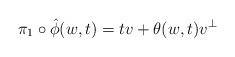
LaTeX: \begin{align*} \pi_1 \circ \hat \phi(w,t) = tv + \theta(w,t) v^\perp\end{align*}